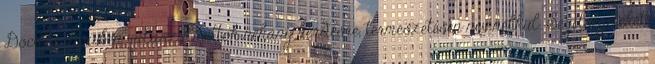
Docs kérdőívben válaszolhattok néhány kérdésre, természetesen név nélkül. Segítségeteket